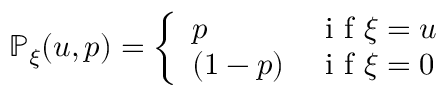
\begin{array} { r } { \mathbb { P } _ { \xi } ( u , p ) = \left\{ \begin{array} { l l } { p } & { \mathrm { ~ i ~ f ~ } \xi = u } \\ { ( 1 - p ) } & { \mathrm { ~ i ~ f ~ } \xi = 0 } \end{array} \right. } \end{array}